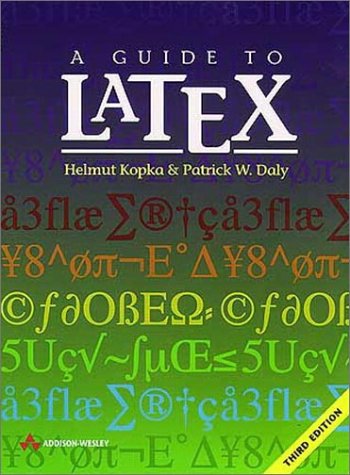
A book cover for A Guide to LATEX: Document Preparation for Beginners and Advanced Users (3rd Edition); Helmut Kopka; Computers & Technology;